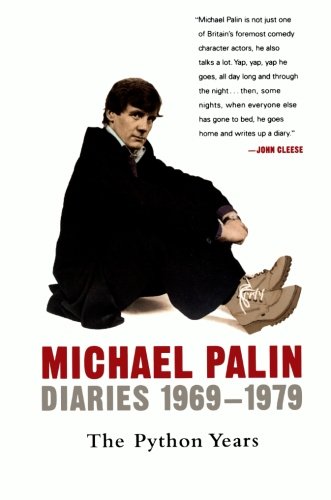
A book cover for Diaries 1969-1979: The Python Years (Michael Palin Diaries); Michael Palin; Literature & Fiction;